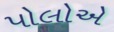
પોલોએ